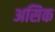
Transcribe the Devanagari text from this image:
असिक